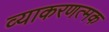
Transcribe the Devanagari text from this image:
व्याकरणत्मक